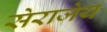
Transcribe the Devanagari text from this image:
सेराजेय